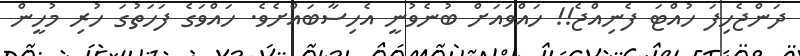
ދަންޖެހިފަ ހުއްޓަ ފެނިއްޖެ!! ހައްވައަށް ބުނެވުނީ އެހިސާބައްށެވެ. ހައްވަގެ ފަހަތުގަ ހުރި މުހީން